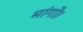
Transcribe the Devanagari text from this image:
मांगो।